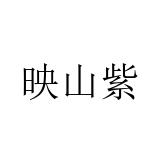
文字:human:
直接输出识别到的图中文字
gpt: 映山紫